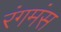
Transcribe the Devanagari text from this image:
रंगमंस